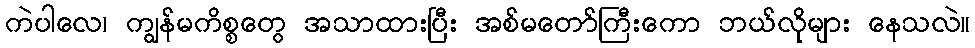
ကဲပါလေ၊ ကျွန်မကိစ္စတွေ အသာထားပြီး အစ်မတော်ကြီးကော ဘယ်လိုများ နေသလဲ။